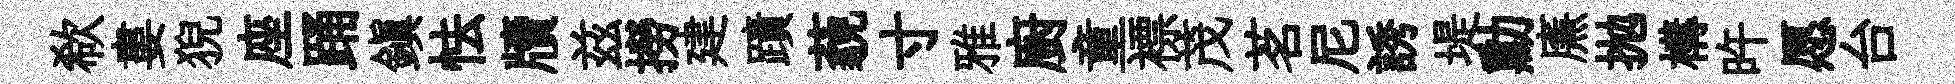
欷婁猊座踊鎮怯牘兹撈建蹟藐寸雅廚童褾茂茗尼誘堤勳㢘抛構旿愿台